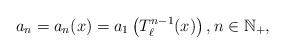
LaTeX: \begin{align*} a_n=a_n(x) = a_1\left(T_{\ell}^{n-1}(x)\right), n \in {\mathbb{N}}_+,\end{align*}